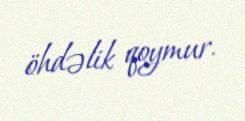
öhdəlik qoymur.